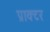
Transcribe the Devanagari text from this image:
प्राक्टर